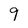
Character: 9